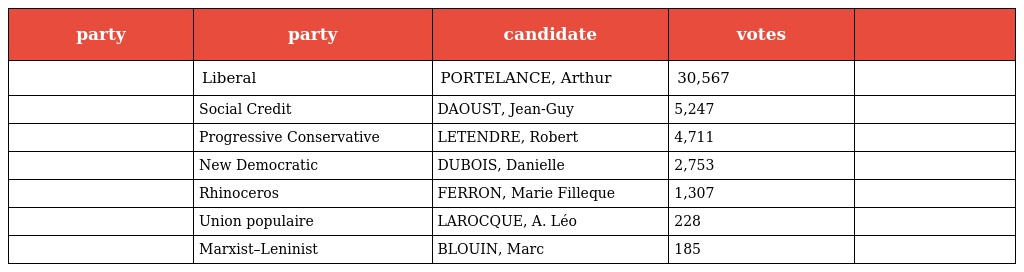
| party | party | candidate | votes |  |
 | --- | --- | --- | --- | --- |
 |  | Liberal | PORTELANCE, Arthur | 30,567 |  |
 |  | Social Credit | DAOUST, Jean-Guy | 5,247 |  |
 |  | Progressive Conservative | LETENDRE, Robert | 4,711 |  |
 |  | New Democratic | DUBOIS, Danielle | 2,753 |  |
 |  | Rhinoceros | FERRON, Marie Filleque | 1,307 |  |
 |  | Union populaire | LAROCQUE, A. Léo | 228 |  |
 |  | Marxist–Leninist | BLOUIN, Marc | 185 |  |